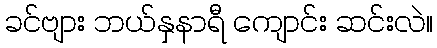
ခင်ဗျား ဘယ်နှနာရီ ကျောင်း ဆင်းလဲ။